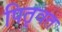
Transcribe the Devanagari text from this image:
पितृवत